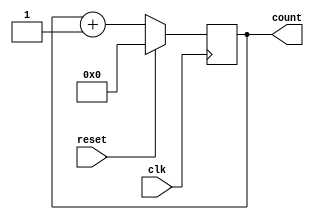
module reset_condition_example (
    input wire clk,        // Clock signal
    input wire reset,      // Reset signal (active high)
    output reg [7:0] count // 8-bit counter output
);

// Initial block for simulation purposes (optional)
initial begin
    count = 8'b0; // Initialize count to 0 at the start
end

// Always block triggered on the rising edge of the clock
always @(posedge clk) begin
    if (reset) begin
        // Reset condition: set the count to 0
        count <= 8'b0; // Reset count to 0
    end else begin
        // Normal operation: increment the count
        count <= count + 1; // Increment count
    end
end

endmodule